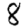
Digit: 8